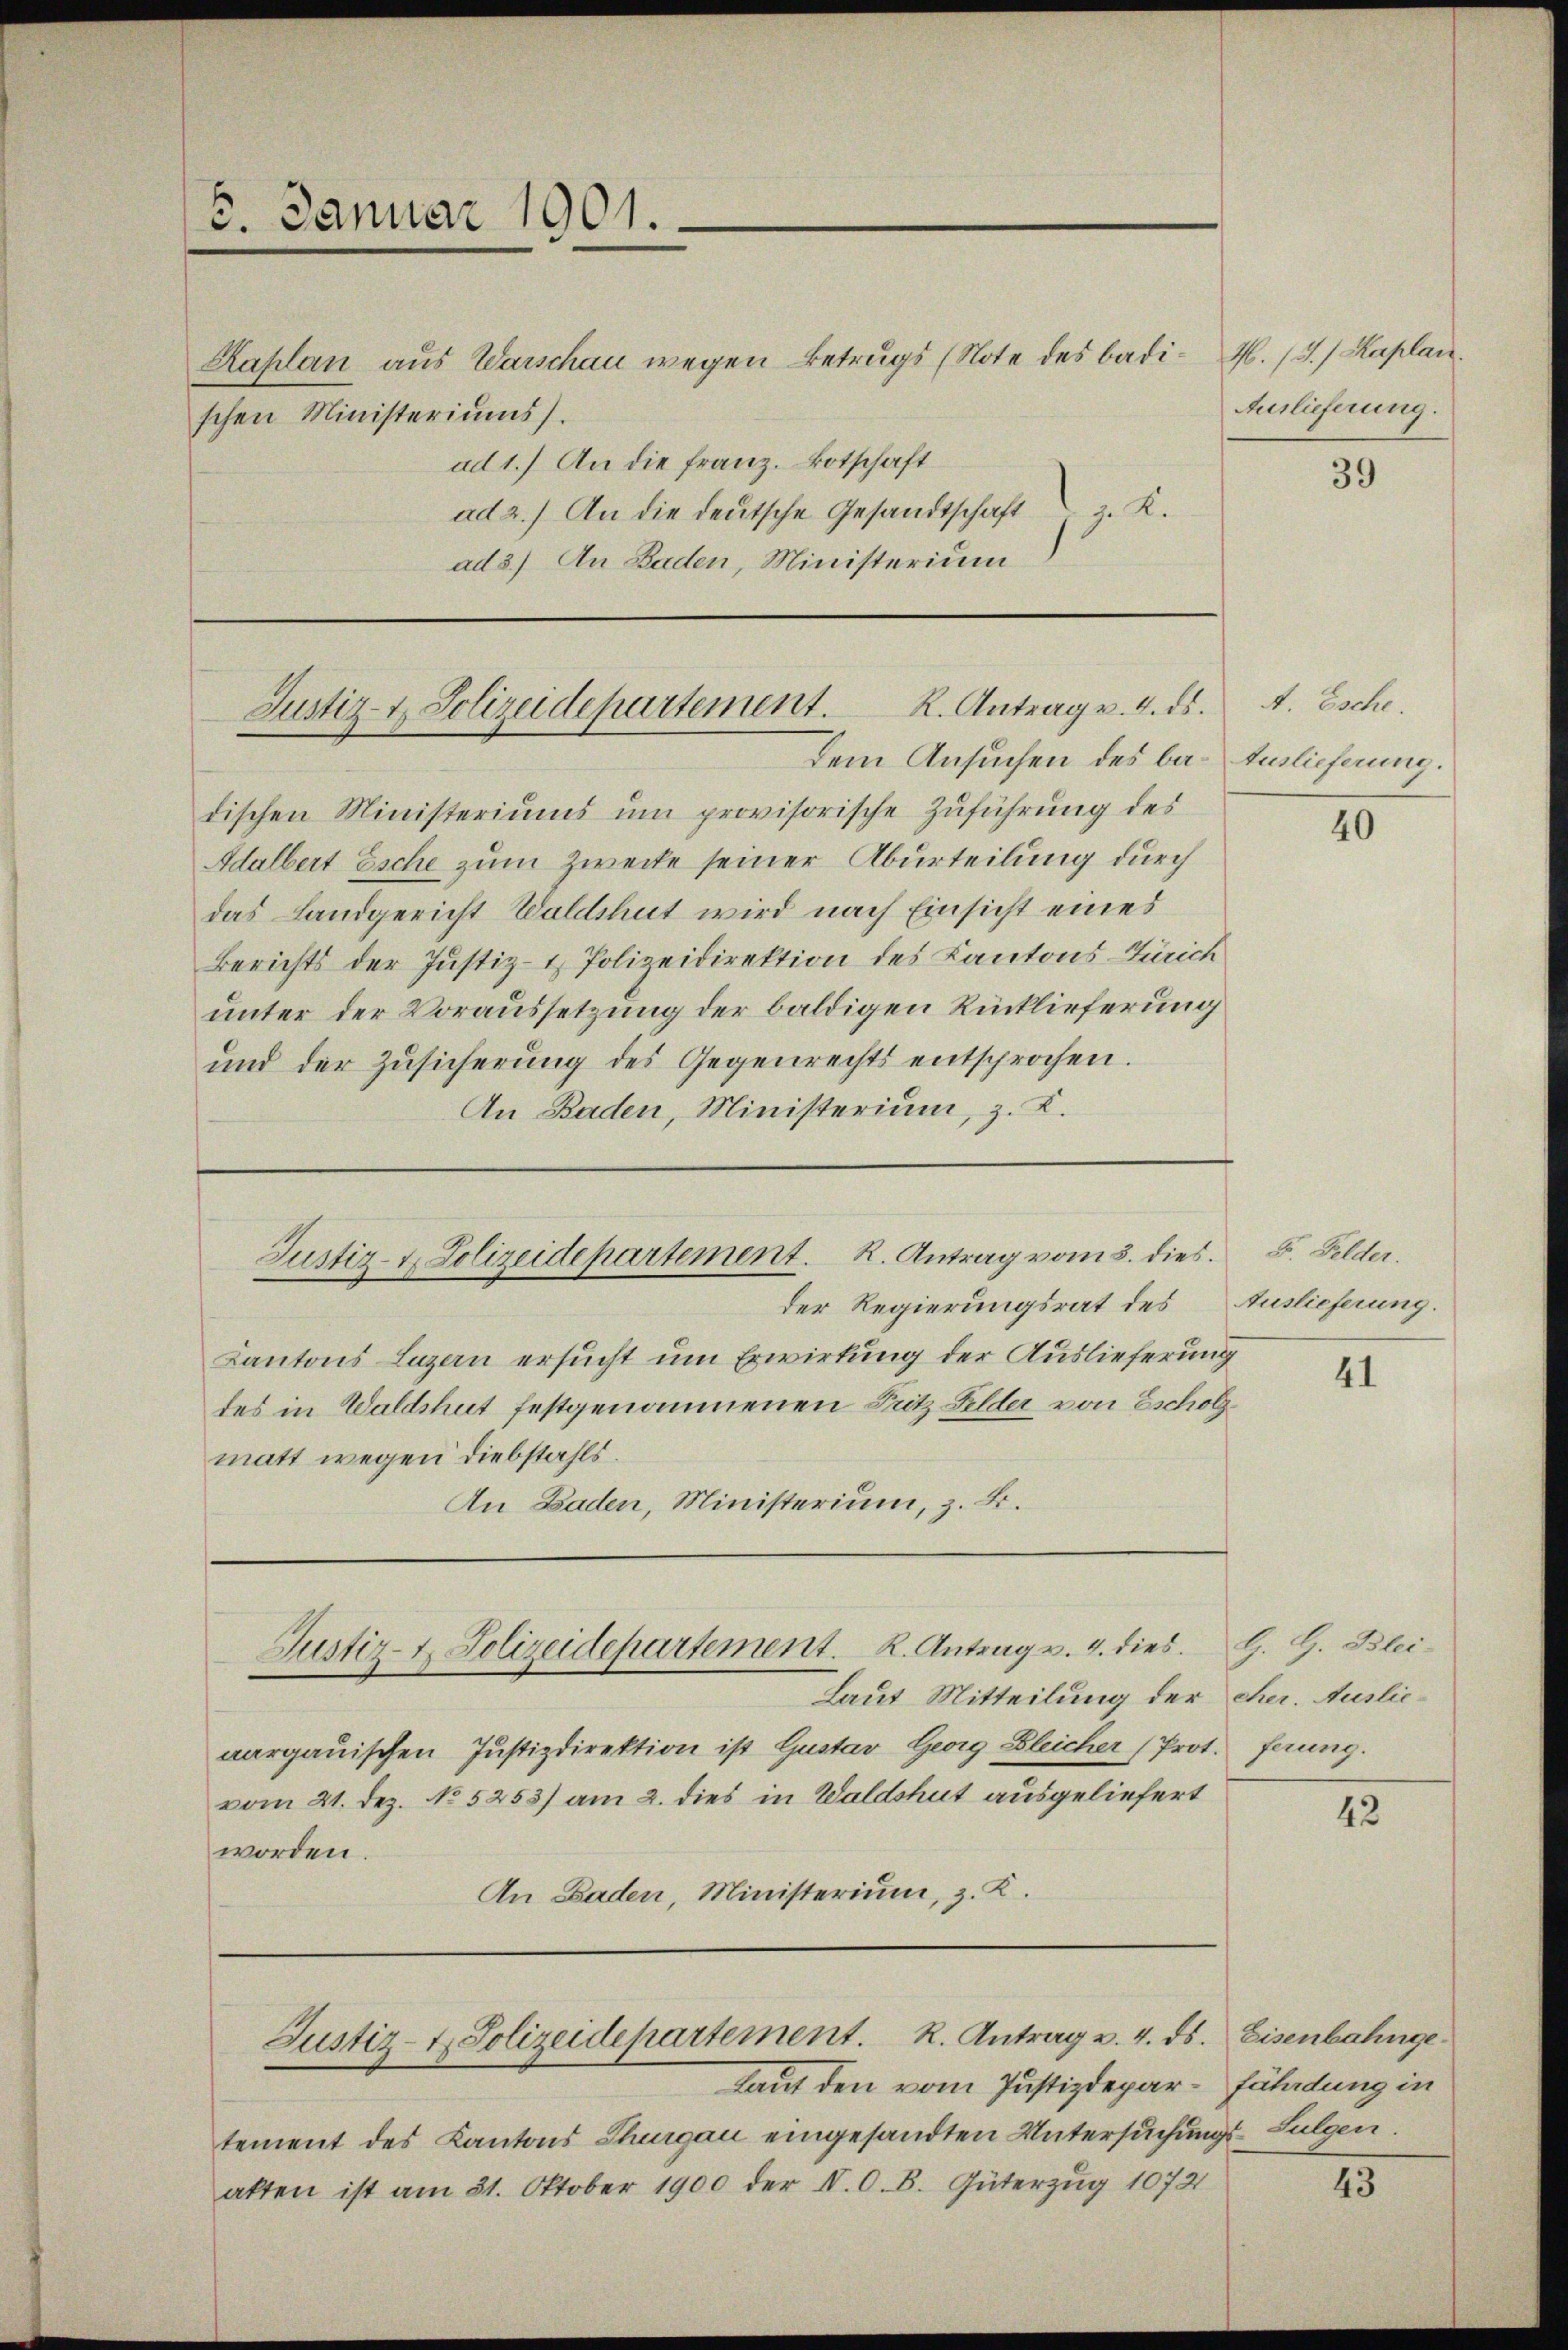
6. Januar 1901.

schen Ministeriums).

Justiz- & Polizeidepartement. K. Antrag v. 4. ds.
Dem Ansuchen des ba- Auslieferung.

ad 1.) An die Franz. Botschaft
ad 2.) An die deutsche Gesandtschaft. K.
ad 3.) An Baden, Ministerium

Kaplan aus Warschau wegen Betrugs (Note des badi¬

Justiz- & Polizeidepartement. K. Antrag vom 5. dies.

Justiz- & Polizeidepartement. K. Antrag v. 4. dies. Z. G. Blei-

Justiz- & Polizeidepartement. K. Antrag v. 4. ds.

dischen Ministeriums um provisorische Zuführung des
Adalbert Esche zum Zwecke seiner Aburteilung durch
das Landgericht Waldshut wird nach Einsicht eines
Berichts der Justiz- & Polizeidirektion des Kantons Zürich
unter der Voraussetzung der baldigen Rücklieferung
und der Zusicherung des Gegenrechts entsprochen.
An Baden, Ministerium, z. K.

der Regierungsrat des
Kantons Luzern ersucht um Erwirkung der Auslieferung
des in Waldshut festgenommenen Pritz Gelder von Escholzmatt wegen Diebstahls.
An Baden, Ministerium, z. B.

Laut Mitteilung der eher. Auslieaargauischen Justizdirektion ist Gustav Georg Bleicher (Prot. ferung.
vom 21. Dez. No 5253) am 2. dies in Waldshut ausgeliefert
worden.
An Baden, Ministerium, z. K.

Laut den vom Justizdepartement des Kantons Thurgau eingesandten Untersuchungs- Sulgen.
akten ist am 31. Oktober 1900 der IV. O. B. Güterzug 1072

46. 13. / Kaplan.
Auslieferung.

39

A. Esche.

40

F. Felder.
Auslieferung.

41

42

Eisenbahngefährdung in

43